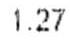
1.27